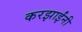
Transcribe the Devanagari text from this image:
करझाईंनी